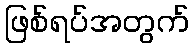
ဖြစ်ရပ်အတွက်